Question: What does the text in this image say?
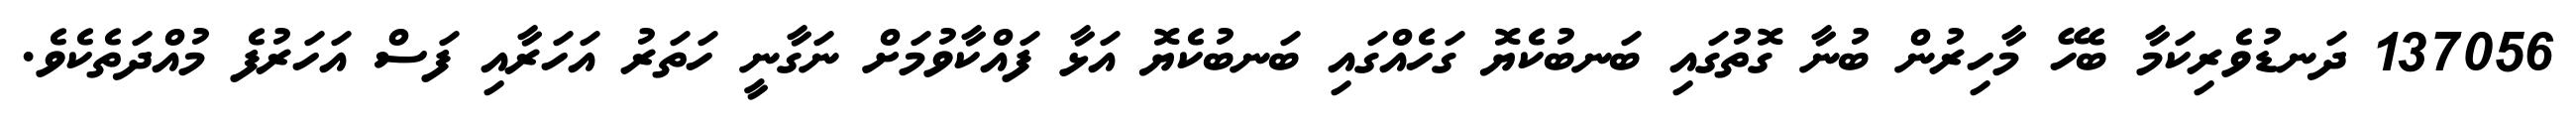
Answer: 137056 ދަނޑުވެރިކަމާ ބެހޭ މާހިރުން ބުނާ ގޮތުގައި ބަނބުކެޔޮ ގަހެއްގައި ބަނބުކެޔޮ އަޅާ ފައްކާވުމަށް ނަގާނީ ހަތަރު އަހަރާއި ފަސް އަހަރުފެ މުއްދަތެކެވެ.